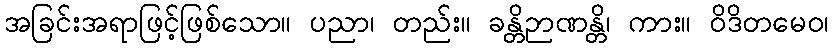
အခြင်းအရာဖြင့်ဖြစ်သော။ ပညာ၊ တည်း။ ခန္တိဉာဏန္တိ၊ ကား။ ဝိဒိတမေဝ၊